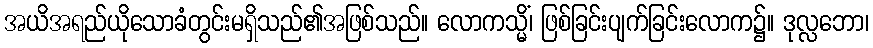
အယိအရည်ယိုသောခံတွင်းမရှိသည်၏အဖြစ်သည်။ လောကသ္မိံ၊ ဖြစ်ခြင်းပျက်ခြင်းလောက၌။ ဒုလ္လဘော၊